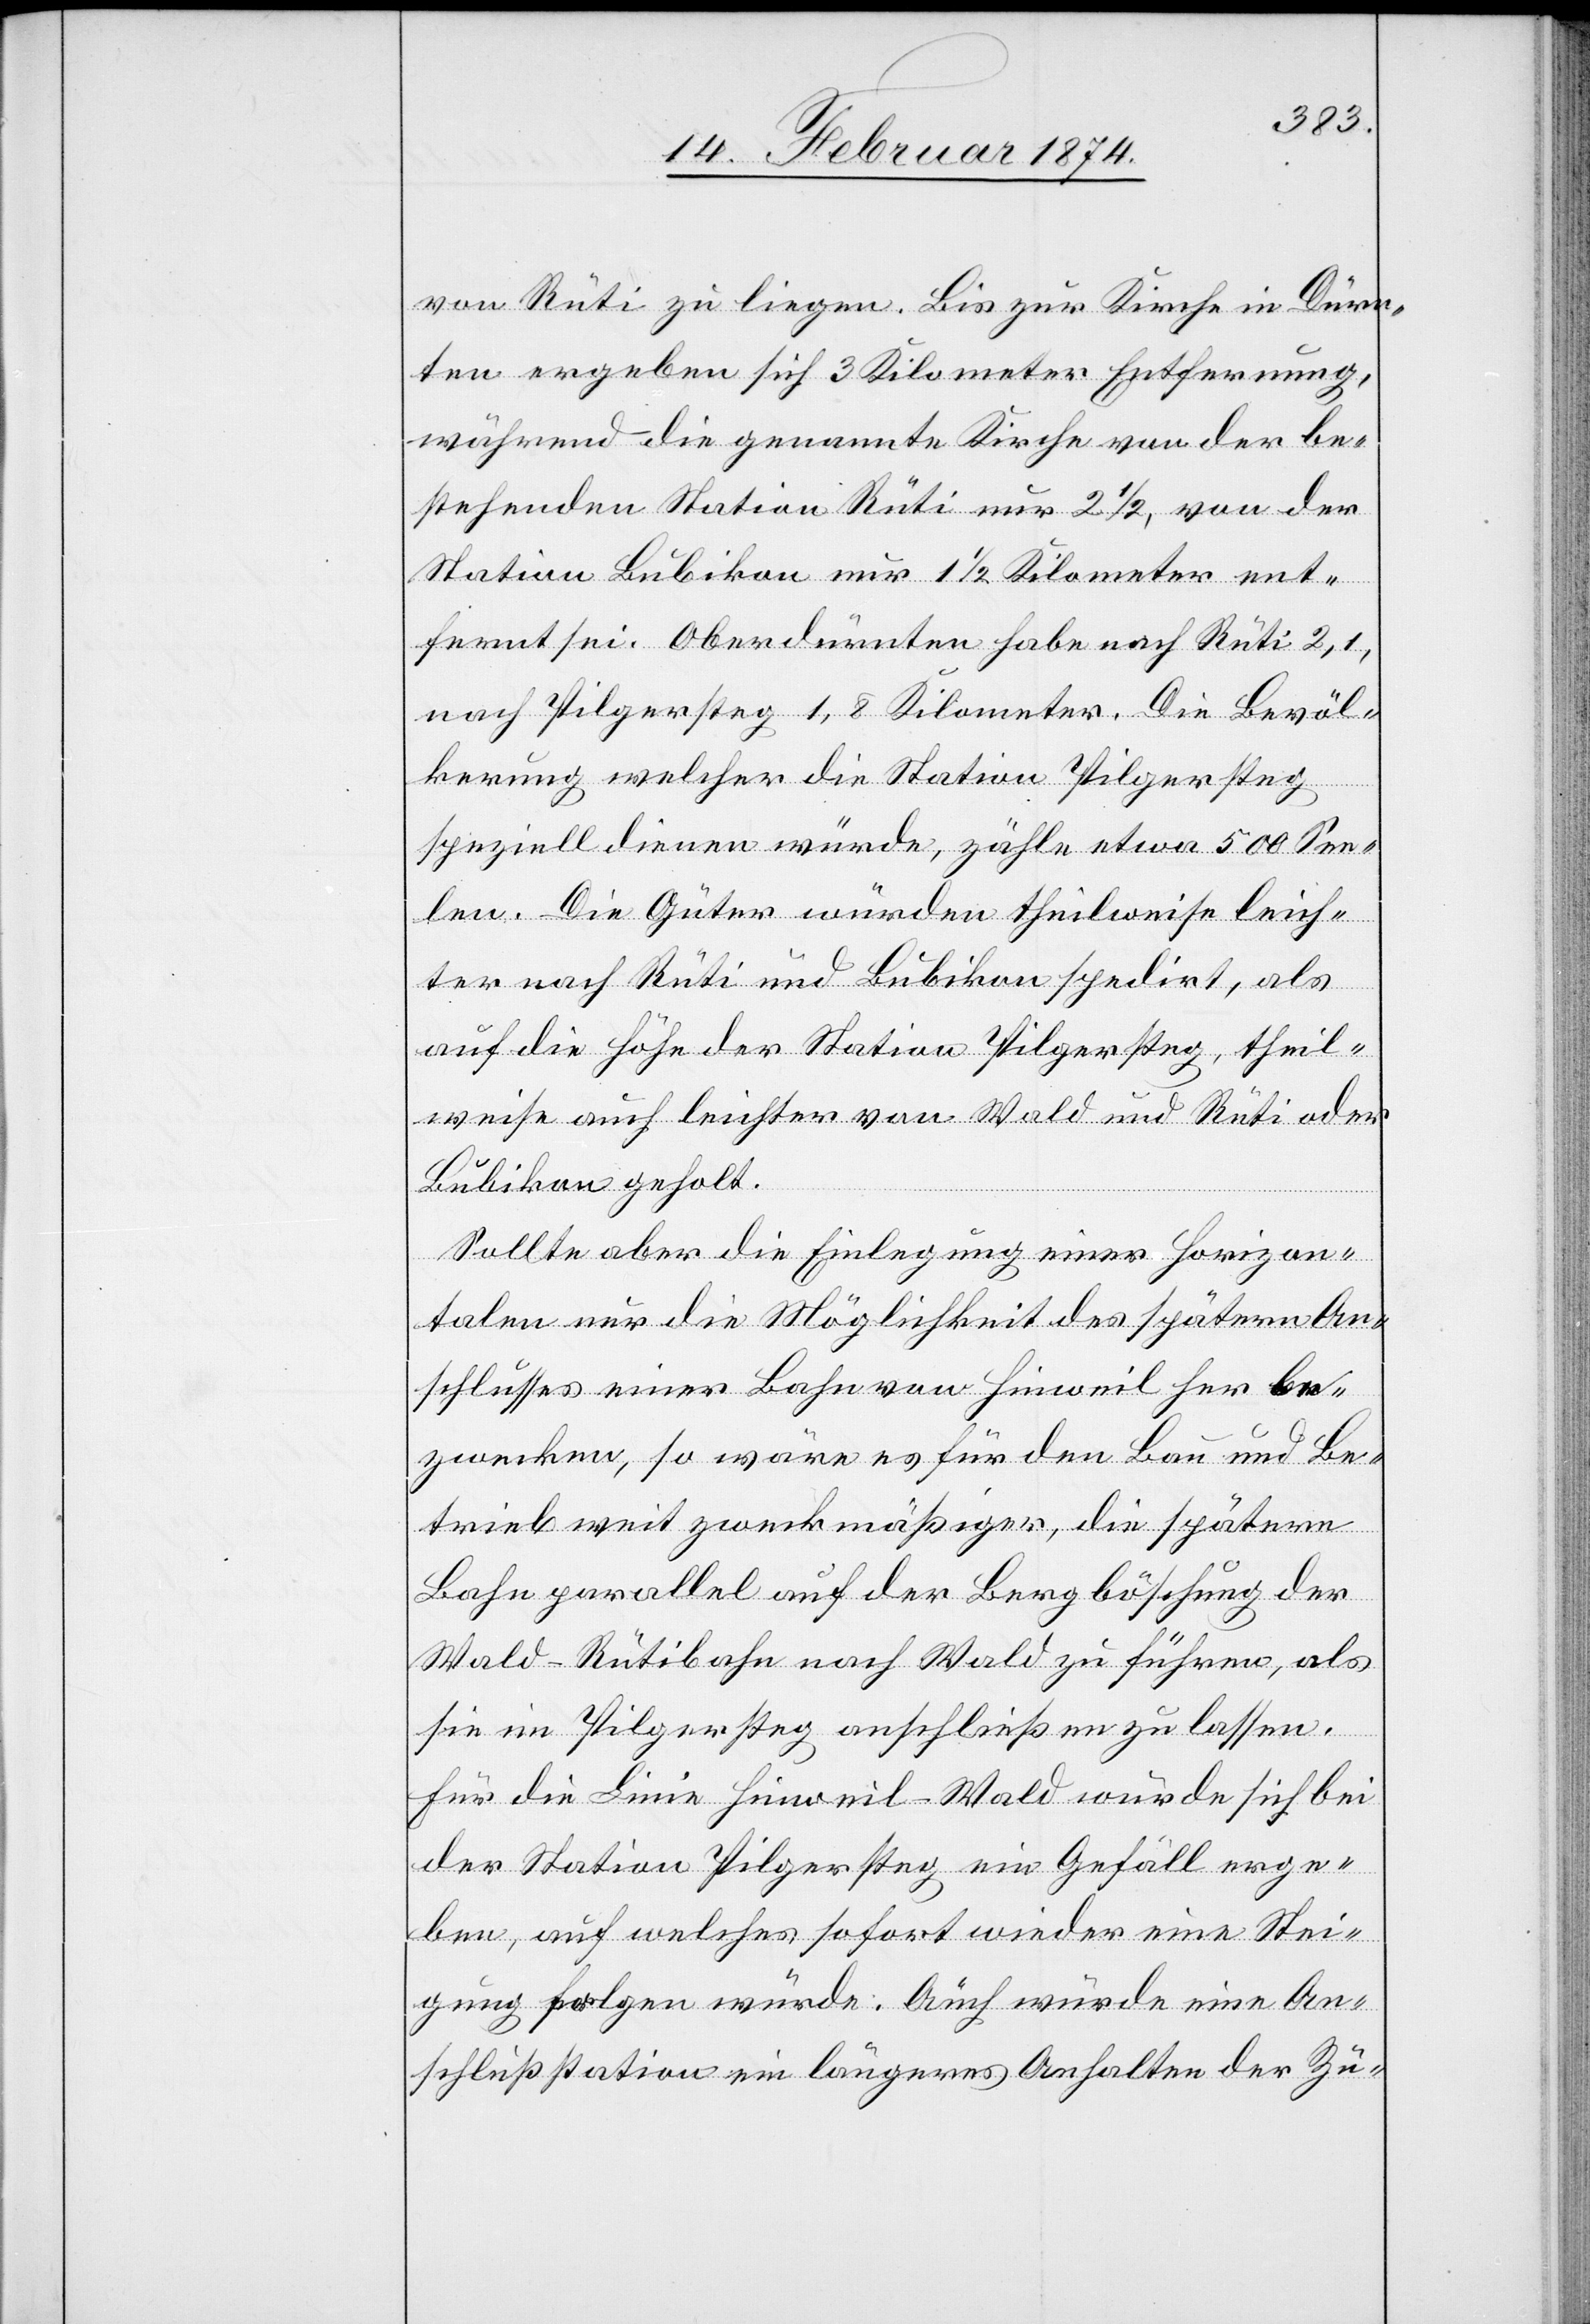
von Rüti zu liegen. Bis zur Kirche in Dürn¬
ten ergeben sich 3 Kilometer Entfernung,
während die genannte Kirche von der be¬
stehenden Station Rüti nur 2 1/2, von der
Station Bubikon nur 1 1/2 Kilometer ent¬
fernt sei. Oberdürnten habe nach Rüti 2,1,
nach Pilgersteg 1,8 Kilometer. Die Bevöl¬
kerung welcher die Station Pilgersteg
speziell dienen würde, zähle etwa 500 See¬
len. Die Güter würden theilweise leich¬
ter nach Rüti und Bubikon spedirt, als
auf die Höhe der Station Pilgersteg, theil¬
weise auch leichter von Wald und Rüti oder
Bubikon gebracht.
Sollte aber die Einlegung einer Horizon¬
talen nur die Möglichkeit des späteren An¬
schlusses einer Bahn von Hinweil her be¬
zwecken, so wäre es für den Bau und Be¬
trieb weit zweckmäßiger, die spätere
Bahn parallel auf der Bergböschung der
Wald-Rütibahn nach Wald zu führen, als
sie im Pilgersteg anschließen zu lassen.
Für die Linie Hinweil-Wald würde sich bei
der Station Pilgersteg ein Gefäll erge¬
ben, auf welches sofort wieder eine Stei¬
gung folgen würde. Auch würde eine An¬
schlußstation ein längeres Anhalten der Zü-